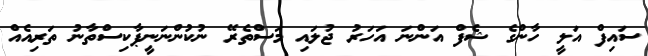
ސައިފް އަލީ ހާންގެ ޝެފް އަންނަ އަހަރު ޖުލައި މަސްތެރޭ ނުކުންނަނީޕާކިސްތާނު ތަރިއެއް